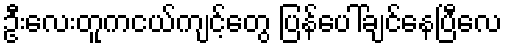
ဦးလေးတူကငယ်ကျင့်တွေ ပြန်ပေါ်ချင်နေပြီလေ